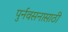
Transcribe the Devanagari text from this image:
पुर्नवसनासाठी